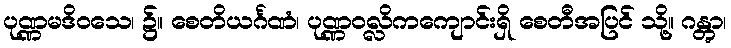
ပုဏ္ဏမဒိဝသေ၊ ၌။ စေတိယင်္ဂဏံ၊ ပုဏ္ဏဝလ္လိကကျောင်းရှိ စေတီအပြင် သို့။ ဂန္တွာ၊